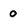
Character: 0